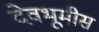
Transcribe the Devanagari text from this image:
देवभूमीस